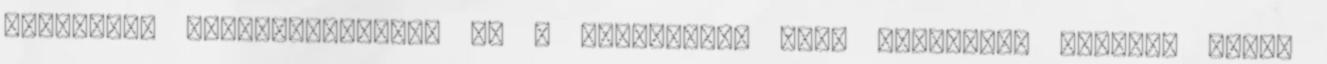
esetleges vészhelyzetben, de a túlságosan nagy testtömeg szakmai tudás